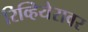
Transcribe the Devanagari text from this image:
रिव्हियेरावर